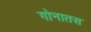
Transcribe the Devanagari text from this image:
गोनातस